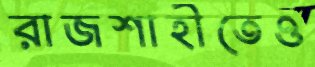
রাজশাহীতেও